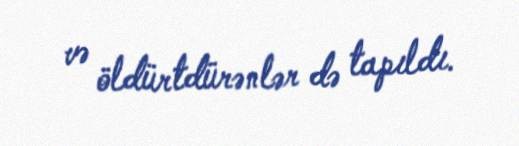
və öldürtdürənlər də tapıldı.